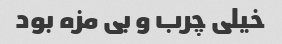
خیلی چرب و بی مزه بود